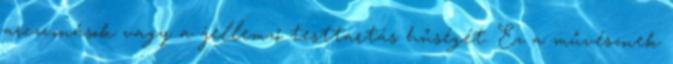
arczvonások vagy a jellemző testtartás hűségét. Ez a művésznek